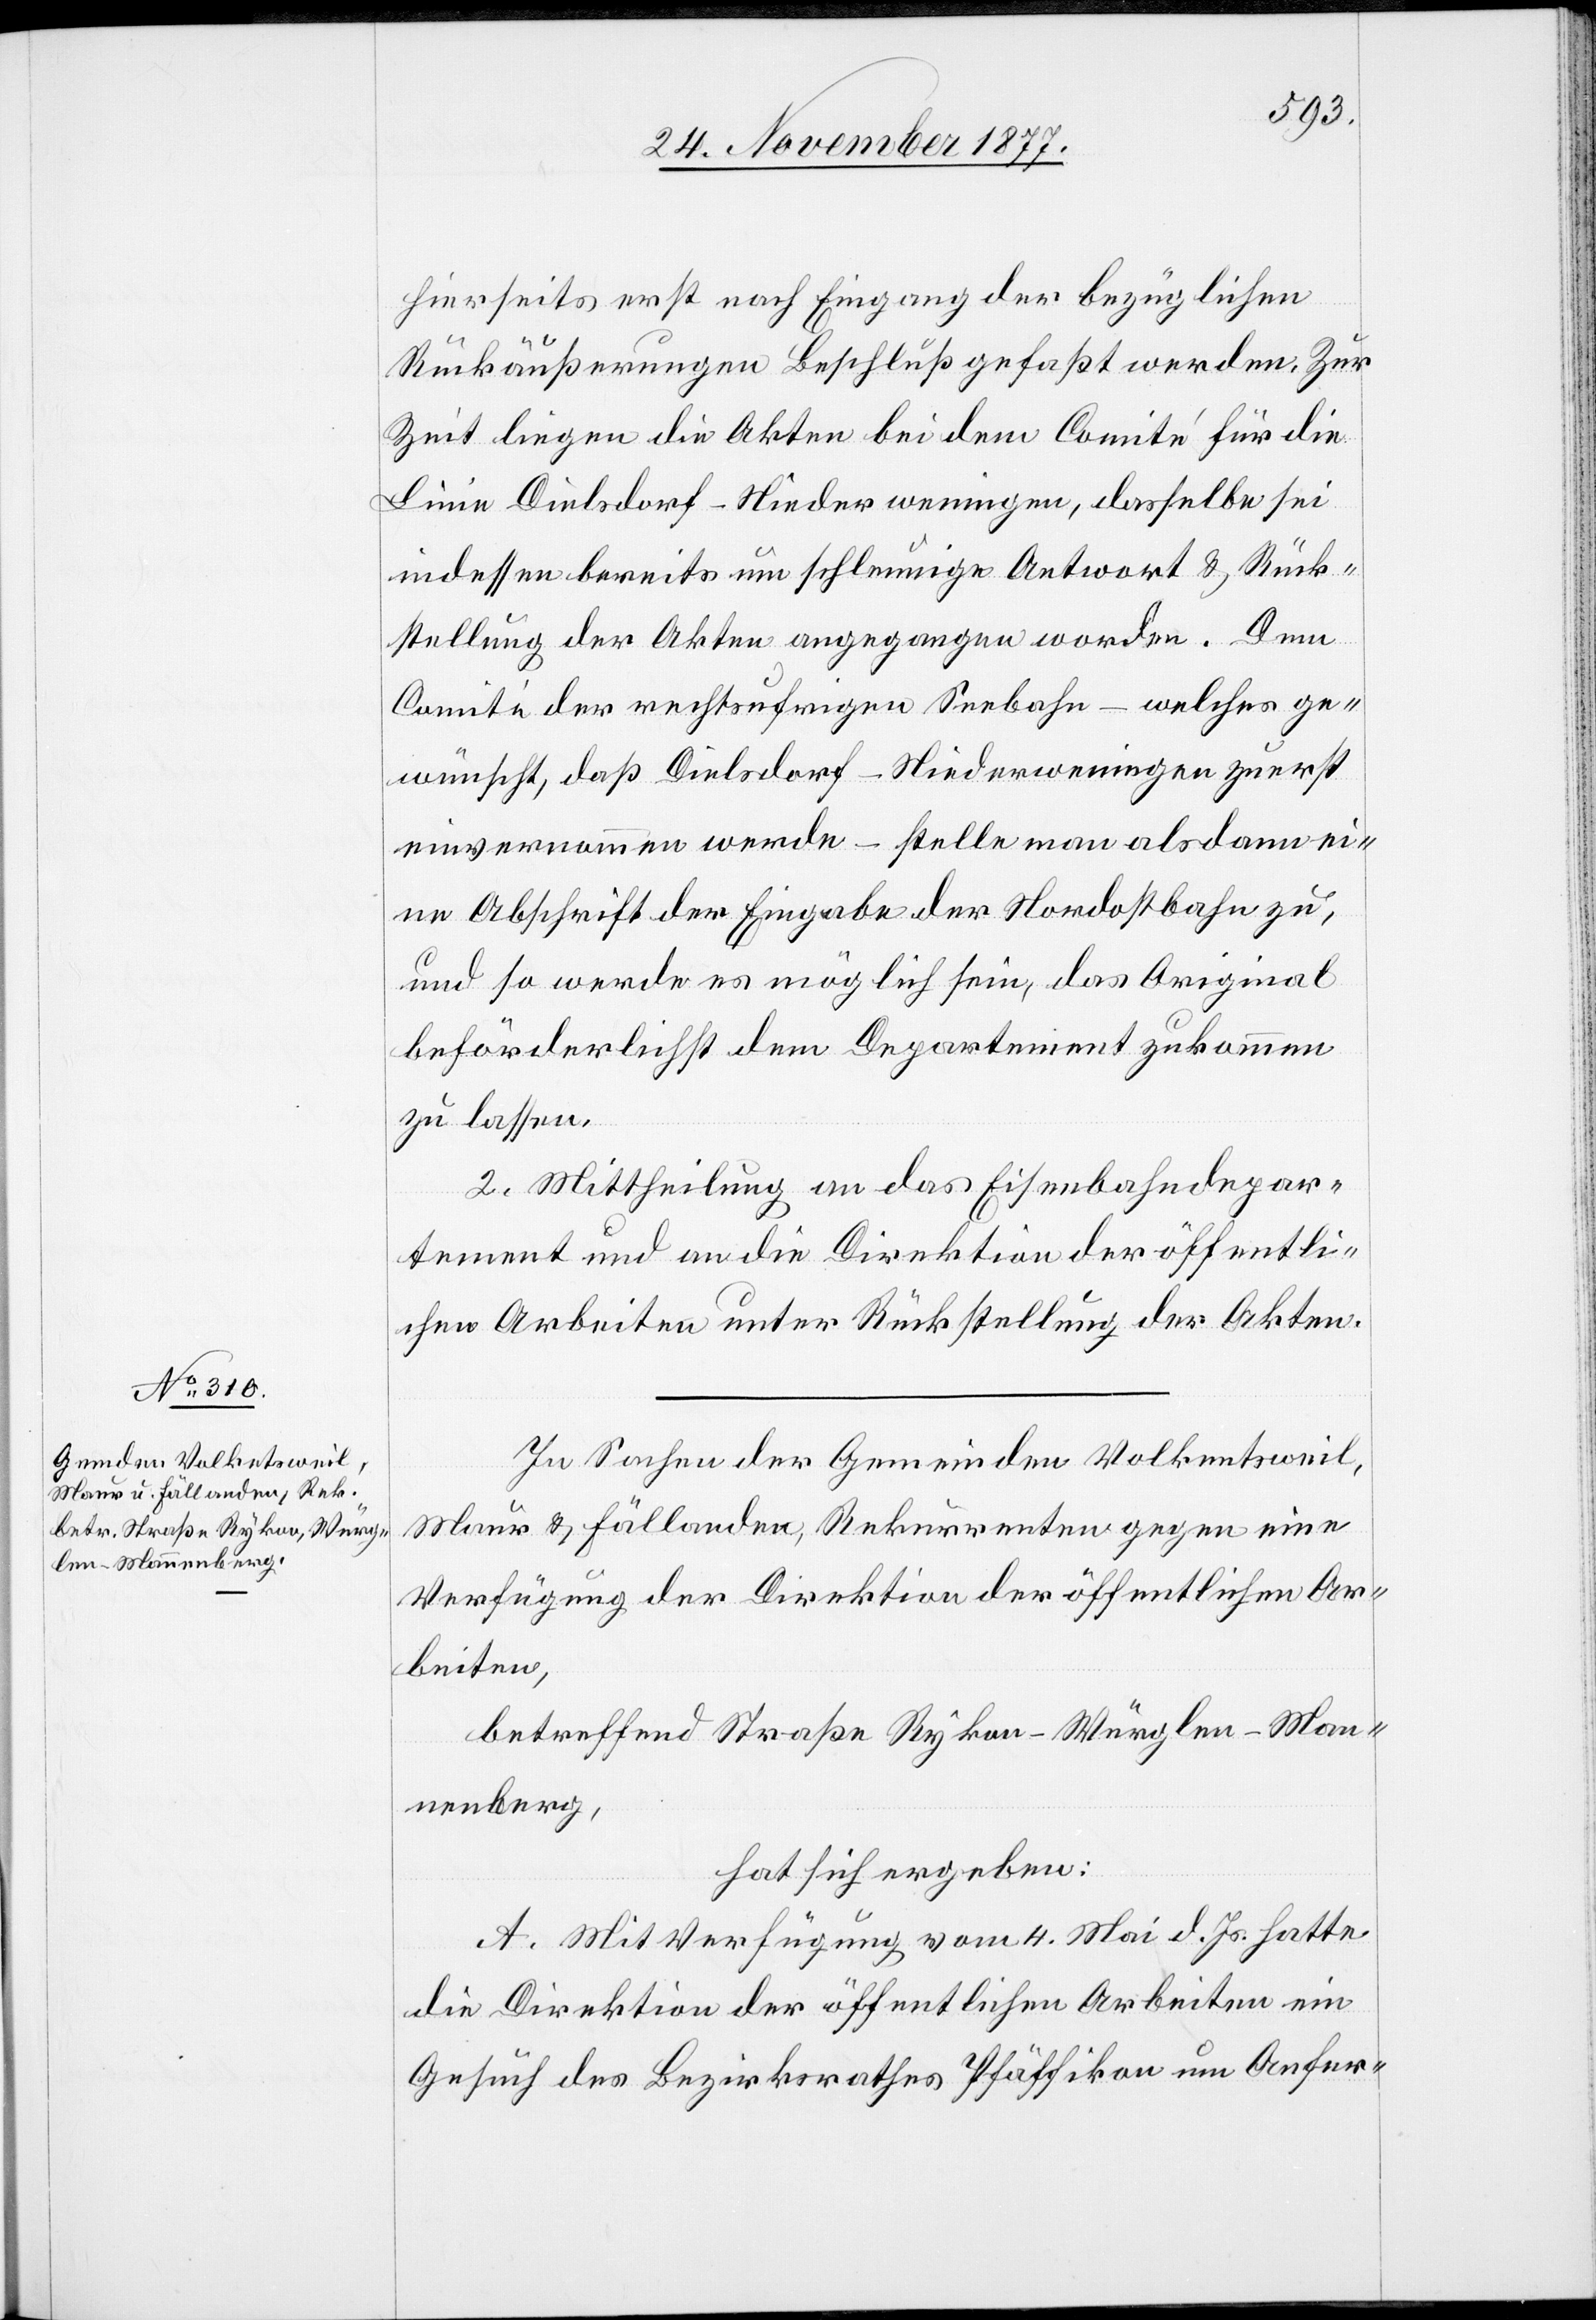
hierseits erst nach Eingang der bezüglichen
Rückäußerungen Beschluß gefaßt werden. Zur
Zeit liegen die Akten bei dem Comité für die
Linie Dielsdorf–Niederweningen, dasselbe sei
indessen bereits um schleunige Antwort & Rück¬
stellung der Akten angegangen worden. Dem
Comité der rechtsufrigen Seebahn – welches ge¬
wünscht, daß Dielsdorf–Niederweningen zuerst
einvernommen werde – stelle man alsdann ei¬
ne Abschrift der Eingabe der Nordostbahn zu,
und so werde es möglich sein, das Original
beförderlichst dem Departement zukommen
zu lassen.
2. Mittheilung an das Eisenbahndepar¬
tement und an die Direktion der öffentli¬
chen Arbeiten unter Rückstellung der Akten.
In Sachen der Gemeinden Volkentsweil,
Maur & Fällanden, Rekurrenten gegen eine
Verfügung der Direktion der öffentlichen Ar¬
beiten,
betreffend Straße Rykon–Würglen–Man¬
nenberg,
hat sich ergeben:
A. Mit Verfügung vom 4. Mai d. Js. hatte
die Direktion der öffentlichen Arbeiten ein
Gesuch des Bezirksrathes Pfäffikon um Anfer-